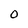
Character: 0